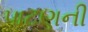
પાટણની